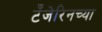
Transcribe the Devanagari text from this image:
टँजेरिनच्या